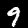
Digit: 9